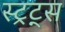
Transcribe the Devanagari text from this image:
स्ट्रट्स